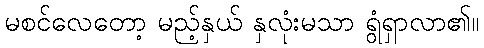
မစင်လေတော့ မည့်နှယ် နှလုံးမသာ ရွံရှာလာ၏။